Vital statistics of India. Vol. IV, Annual returns from 1871 to 1876. British Army of India, Native Army and jails of Bengal
Year: 1871
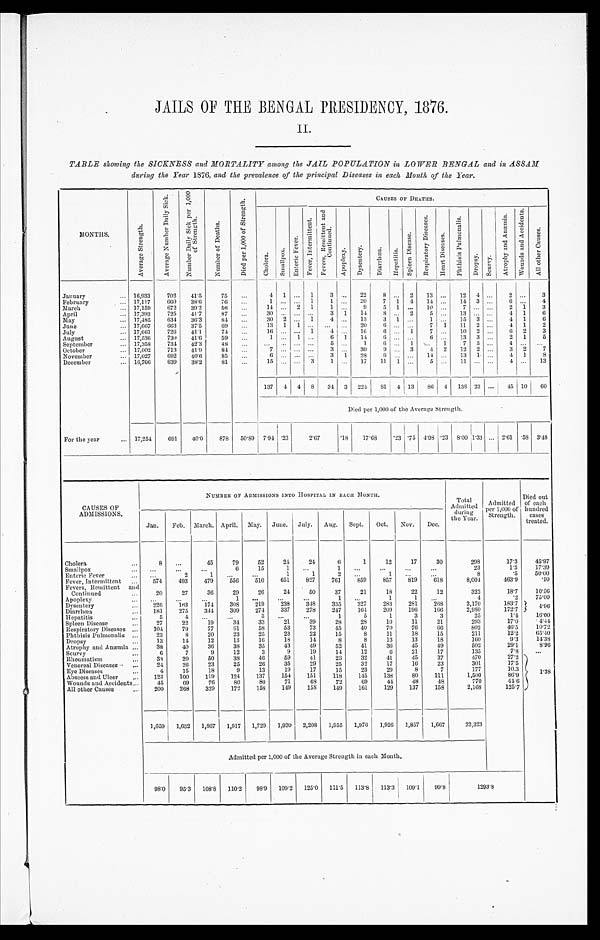
JAILS OF THE BENGAL PRESIDENCY, 1876.
II.
TABLE showing the SICKNESS and MORTALITY among the JAIL POPULATION in LOWER BENGAL and in ASSAM
during the Year 1876, and the prevalence of the principal Diseases in each Month of the Year.
MONTHS.
A v e r a g e S t r e n g t h .
A v e r a g e N u m b e r D a i l y S i c k .
N u m b e r D a i l y S i c k p e r 1 , 0 0 0
o f S t r e n g t h .
N u m b e r o f D e a t h s .
D i e d p e r 1 , 0 0 0 o f S t r e n g t h .
C A U S E S O F D E A T H S .
C h o l e r a .
S m a l l p o x .
E n t e r i c F e v e r .
F e v e r , I n t e r m i t t e n t .
F e v e r s , R e m i t t e n t a n d
C o n t i n u e d .
A p o p l e x y . D y s e n t e r y . D i a r r h œ a . H e p a t i t i s .
S p l e e n D i s e a s e .
R e s p i r a t o r y D i s e a s e s .
H e a r t D i s e a s e s .
P h t h i s i s P u l m o n a l i s .
D r o p s y .
S c u r v y .
A t r o p h y a n d A n æ m i a . W o u n d s a n d A c c i d e n t s .
A l l o t h e r C a u s e s .
January
16,933 702 41.5 75
4 1
1 3
22 8
2 13
12 4
2
3
February
17,117 660 38.6 76
1
1 1
20 7 1 4 14
14 3
6
4
March
17,159 672 39.2 56
14
2 1 1
9 5 1
10
7
2 1 3
April
17,393 725 41.7 87
30
3 1 14 8
2 5
13
4 1 6
May
17,485 634 36.3 84
30 2
1 4
13 3 1
1
15 3
4 1 6
June
17,667 663 37.5 69
13 1 1
20 6
7 1 11 2
4 1
2
July
17,661 726 41.1 74
16
1 4
16 6
1 7
10 2
6 2 3
August
17,536 730 41.6 59
1
1
6 1 14 6
6
13 3
2 1 5
September
17,358 734 42.3 48
5
1 6
1
1 7 3
4
October
17,002 713 41.9 84
7
3
30 9
3 4 2 12 2
3 2 7
November
17,027 692 40.6 85
6
3 1 28 6
14
13 1
4 1 8
December
16,706 639 38.2 81
15
3 1
17 11 1
5
11
4
13
137 4 4 8 34 3 224 81 4 13 86 4 138 23
45 10 60
Died per 1,000 of the Average Strength.
For the year
17,254 691 40.0 878 50.89 7.94 .23
2 . 6 7
. 1 8 17. 68
. 2 3 .75 4.98 . 2 3 8 . 0 0 1 . 3 3 2. 61 .58 3.48
CAUSES OF
ADMISSIONS.
NUMBER OF ADMISSIONS INTO HOSPITAL IN EACH MONTH.
Total
Admitted durin g t he Year .
Admitted
per 1,000 of
Strength.
Died out
of each
hundred cases
treated.
Jan. Feb. March. April. May. June. July. Aug. Sept. Oct. Nov. Dec.
Cholera
8
45 79 52 24 24
6
1 12 17 30
298
17.3 45. 97
Smallpox
6 15
1
1
23
1.3 17. 39
Enteric Fever
2
1
1
1
2
1
8
.5 50. 00
Fever, Intermittent
574 493 479 556 510 651 827 761 859 857 819 618
8,004
463.9
.10
Fevers, Remittent and
Continued
20 27 36 29 26 24 50 37 21 18 22 12
322
18.7 10. 56
Apoplexy
1
1
1
4
.2 75. 00
Dysentery
226 163 174 308 219 238 348 335 327 283 281 268
3,170
183.7 4.96
Diarrhœa
181 275 344 309 274 337 278 247 164 209 196 166
2,980
172.7
Hepatitis
5
4
3
1
5
1
3
3
25
1.4 16. 00
Spleen Disease
27 22 19 34 33 21 39 28 28 10 11 21
293
17.0
4 . 4 4
Respiratory Diseases
104 79 77 61 58 53 73 45 40 70 76 6 6
802
4 6 . 5
1 0 . 7 2
Phthisis Pulmonalis
23
8 20 23 25 23 22 15
8 11 18 15
211
1 2 . 2
6 5 . 4 0
Dropsy
13 14 12 13 16 18 14
8
8 13 13 18
160
9 . 3
1 4 . 3 8
Atrophy and Anæmia 38 40 36 38 35 43 49 52 41 36 45 49
502
29.1 8. 96
Scurvy
6
7
9 12
3
9 19 14 12
6 21 17
135
7.8
Rheumatism
38 20 50 38 46 59 41 23 32 41 45 37
470
2 7 . 2
1. 38
Venereal Diseases
24 26 23 25 26 35 29 25 32 17 16 23
301
1 7 . 5
Eye Diseases
4 15 18
9 13 19 17 15 23 29
8
7
177
1 0 . 3
Abscess and Ulcer
123 100 119 124 137 154 151 118 145 138 80 111
1,500
8 6 . 9
Wounds and Accidents
45 69 76 80 80
7 1
6 8 72
6 9
4 4
4 8
4 8
7 7 0
4 4 . 6
All other Causes
200 268 329 172 158 149 158 149 161 129 137 158
2,168
125.7
1,659 1,632 1,867 1,917 1,729 1,930 2,208 1,955 1,976 1, 926 1,857 1,667
22,323
Admitted per 1,000 of the Average Strength in each Month.
98.0 95.3 108.8 110.2 98.9 109.2 125.0 111.5 113.8
1 1 3 . 3 109.1 99.8
1 2 9 3 . 8